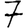
Digit: 7